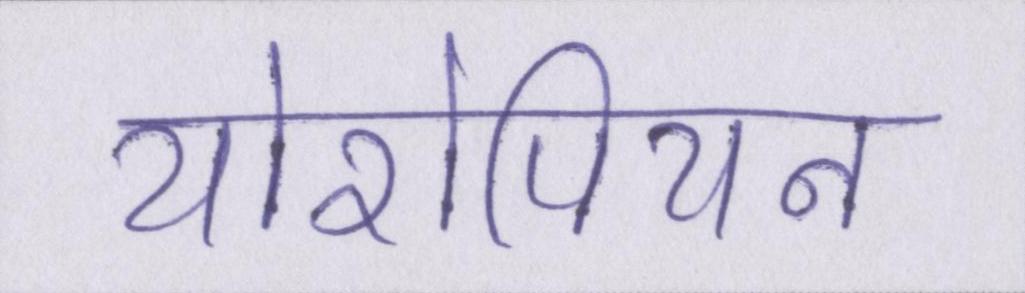
योरोपियन